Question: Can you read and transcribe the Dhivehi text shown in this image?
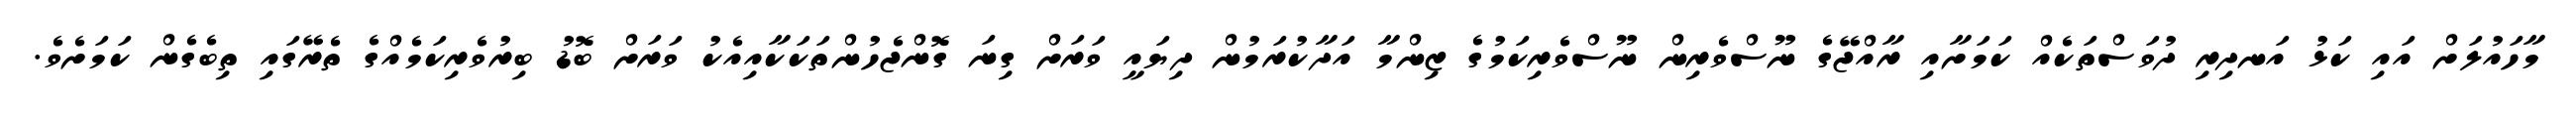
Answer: މާހައުލަށް އައި ކަޅު އަނދިރި ދުވަސްތަކެއް ކަމަށާއި ރާއްޖޭގެ ނޫސްވެރިން ނޫސްވެރިކަމުގެ ޒިންމާ އަދާކުރަމުން ދިޔައީ ވަރަށް ގިނަ ގޮންޖެހުންތަކަކާއިއެކު ވަރަށް ބޮޑު ބިރުވެރިކަމެއްގެ ތެރޭގައި ތިބެގެން ކަމަށެވެ.